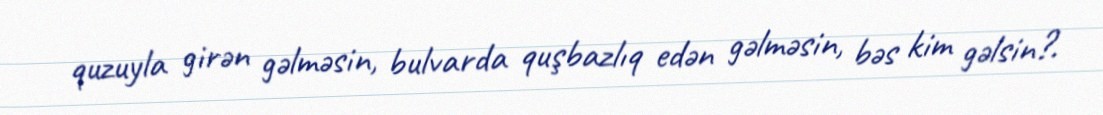
quzuyla girən gəlməsin, bulvarda quşbazlıq edən gəlməsin, bəs kim gəlsin?.